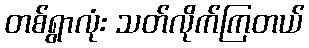
တစ်ရွာလုံး သတ်လိုက်ကြတယ်